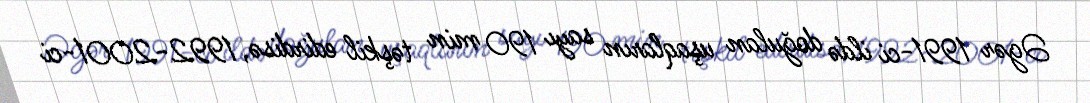
Əgər 1991-ci ildə doğulan uşaqların sayı 190 min təşkil edirdisə, 1992-2001-ci